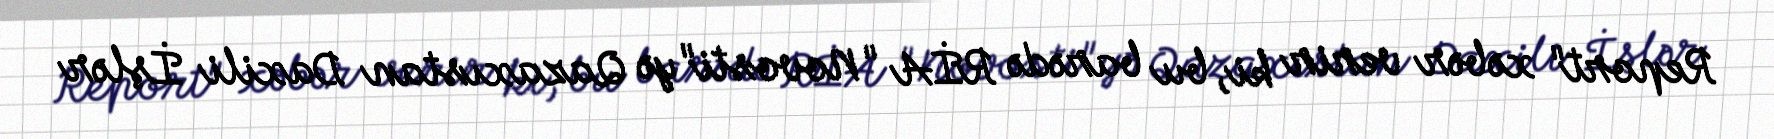
Report" xəbər verir ki, bu barədə RİA "Novosti"yə Qazaxıstan Daxili İşlər